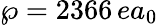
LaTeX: \wp=2366\, ea_{0}